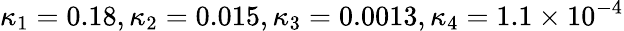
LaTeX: \kappa_{1}=0.18,\kappa_{2}=0.015,\kappa_{3}=0.0013,\kappa_{4}=1.1\times 10^{-4}